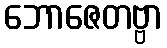
ဘောဇေတဗ္ဗာ